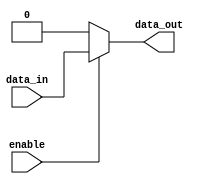
module buffer (
    input wire enable,
    input wire data_in,
    output reg data_out
);

always @ (enable or data_in)
begin
    if (enable)
        data_out = data_in;
    else
        data_out = 0; // Hold the output at a constant value
end

endmodule